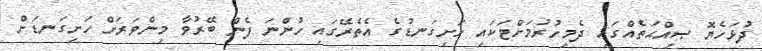
ދުޅަހެޔޮ ޞިއްޙަތެއްގައި ދެމިހުރުމަށްޓަކައި ހަށިގަނޑުގެ އެތެރޭގައި ހުންނަ ފެން ބޭރުވާ މިންވަރަށް ހަށިގަނޑަށް